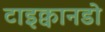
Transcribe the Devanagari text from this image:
टाइक्वानडो